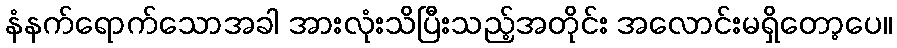
နံနက်ရောက်သောအခါ အားလုံးသိပြီးသည့်အတိုင်း အလောင်းမရှိတော့ပေ။